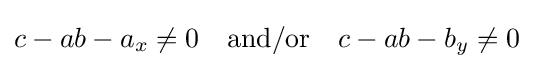
c-ab-a_{x}\neq 0\quad {\text{and/or}}\quad c-ab-b_{y}\neq 0